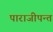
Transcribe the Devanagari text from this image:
पाराजीपन्त